Annual report on the lock hospitals of the Madras Presidency
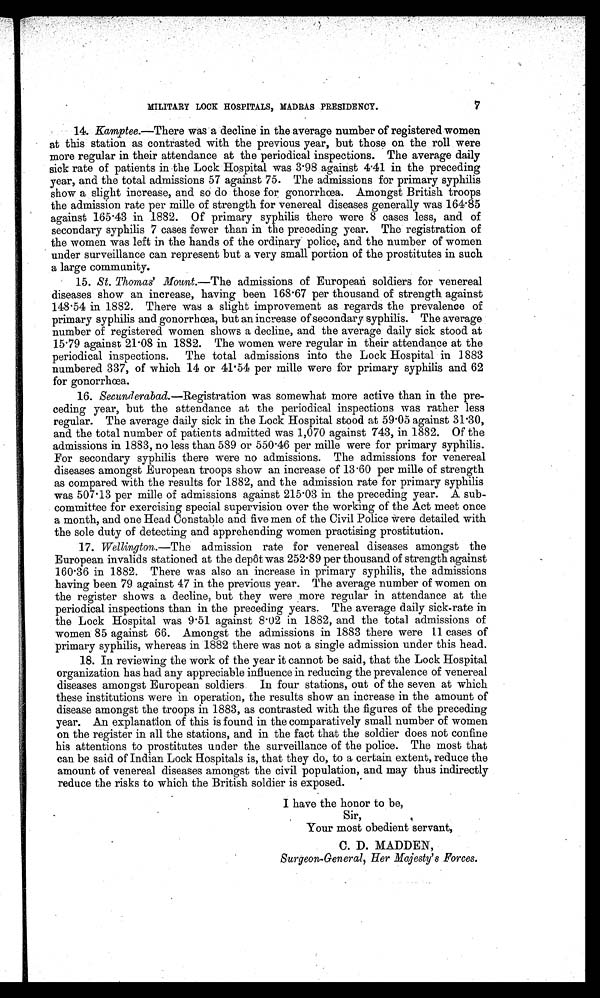
7
MILITARY LOCK HOSPITALS, MADRAS PRESIDENCY.
14. Kamptee.—There was a decline in the average number of registered women
at this station as contrasted with the previous year, but those on the roll were
more regular in their attendance at the periodical inspections. The average daily
sick rate of patients in the Lock Hospital was 3 . 98 against 4 .41 in the preceding
year, and the total admissions 57 against 75. The admissions for primary syphilis
show a slight increase, and so do those for gonorrhœa. Amongst British troops
the admission rate per mille of strength for venereal diseases generally was 164.85
against 165 .43 in 1882. Of primary syphilis there were 8 cases less, and of
secondary syphilis 7 cases fewer than in the preceding year. The registration of
the women was left in the hands of the ordinary police, and the number of women
under surveillance can represent but a very small portion of the prostitutes in such
a large community.
15. St. Thomas' Mount.—The admissions of European soldiers for venereal
diseases show an increase, having been 168 . 67 per thousand of strength against
148 . 54 in 1882. There was a slight improvement as regards the prevalence of
primary syphilis and gonorrhœa, but an increase of secondary syphilis. The average
number of registered women shows a decline, and the average daily sick stood at
15 . 79 against 21·08 in 1882. The women were regular in their attendance at the
periodical inspections. The total admissions into the Lock Hospital in 1883
numbered 337, of which 14 or 41 . 54 per mille were for primary syphilis and 62
for gonorrhœa.
16. Secunderabad. —Registration was somewhat more active than in the pre-
ceding year, but the attendance at the periodical inspections was rather less
regular. The average daily sick in the Lock Hospital stood at 59 . 05 against 31·30,
and the total number of patients admitted was 1,070 against 743, in 1882. Of the
admissions in 1883, no less than 589 or 550·46 per mille were for primary syphilis.
For secondary syphilis there were no admissions. The admissions for venereal
diseases amongst European troops show an increase of 13 . 60 per mille of strength
as compared with the results for 1882, and the admission rate for primary syphilis
was 507 . 13 per mi l l e of admi ssi ons agai nst 215. 03 in the preceding year. A sub-
committee for exercising special supervision over the working of the Act meet once
a month, and one Head Constable and five men of the Civil Police were detailed with
the sole duty of detecting and apprehending women practising prostitution.
17. Wellington.—The admission rate for venereal diseases amongst the
European invalids stationed at the depôt was 252 . 89 per thousand of strength against
160 . 36 in 1882. There was also an increase in primary syphilis, the admissions
having been 79 against 47 in the previous year. The average number of women on
the register shows a decline, but they were more regular in attendance at the
periodical inspections than in the preceding years. The average daily sick-rate in
the Lock Hospital was 9 . 51 against 8 . 02 in 1882, and the total admissions of
women 85 against 66. Amongst the admissions in 1883 there were 11 cases of
primary syphilis, whereas in 1882 there was not a single admission under this head.
18. In reviewing the work of the year it cannot be said, that the Lock Hospital
organization has had any appreciable influence in reducing the prevalence of venereal
diseases amongst European soldiers. In four stations, out of the seven at which
these institutions were in operation, the results show an increase in the amount of
disease amongst the troops in 1883, as contrasted with the figures of the preceding
year. An explanation of this is found in the comparatively small number of women
on the register in all the stations, and in the fact that the soldier does not confine
his attentions to prostitutes under the surveillance of the police. The most that
can be said of Indian Lock Hospitals is, that they do, to a certain extent, reduce the
amount of venereal diseases amongst the civil population, and may thus indirectly
reduce the risks to which the British soldier is exposed.
I have the honor to be,
Sir,
Your most obedient servant,
C. D. MADDEN,
Surgeon-General, Her Majesty's Forces.